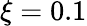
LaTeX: \xi=0.1